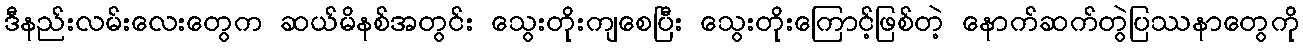
ဒီနည်းလမ်းလေးတွေက ဆယ်မိနစ်အတွင်း သွေးတိုးကျစေပြီး သွေးတိုးကြောင့်ဖြစ်တဲ့ နောက်ဆက်တွဲပြဿနာတွေကိို